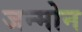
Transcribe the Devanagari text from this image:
जन्मोन